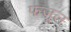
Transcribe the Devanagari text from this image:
फज़ूल